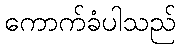
ကောက်ခံပါသည်